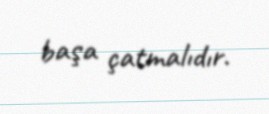
başa çatmalıdır.